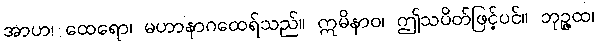
အာဟ၊ ထေရော၊ မဟာနာဂထေရ်သည်။ ဣမိနာဝ၊ ဤသပိတ်ဖြင့်ပင်။ ဘုဉ္ဇထ၊